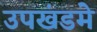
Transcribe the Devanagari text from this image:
उपखंडमे